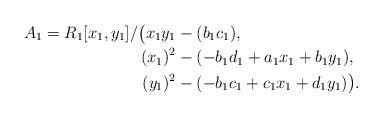
LaTeX: \begin{align*} A_1 = R_1[x_1,y_1]/\bigl(x_1y_1&-(b_1c_1),\\(x_1)^2&-(-b_1d_1+a_1x_1+b_1y_1),\\(y_1)^2&-(-b_1c_1+c_1x_1+d_1y_1)\bigr).\end{align*}